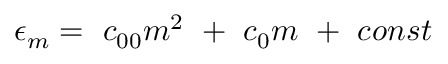
{ \epsilon } _ { m } = \ c _ { 0 0 } m ^ { 2 } \ + \ c _ { 0 } m \ + \ c o n s t